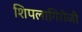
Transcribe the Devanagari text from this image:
शिपलागिरीजी